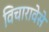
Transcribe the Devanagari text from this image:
विचारावेसे